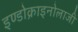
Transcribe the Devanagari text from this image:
इण्डोक्राइनोलाजी